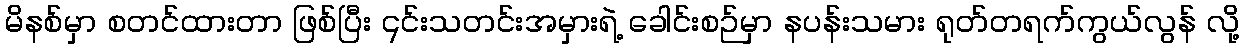
မိနစ်မှာ စတင်ထားတာ ဖြစ်ပြီး ၎င်းသတင်းအမှားရဲ့ ခေါင်းစဉ်မှာ နပန်းသမား ရုတ်တရက်ကွယ်လွန် လို့